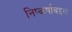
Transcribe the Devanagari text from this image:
निष्कर्षाबद्दल